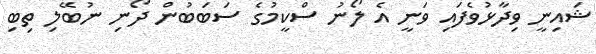
ޝައިނީ ވިދާޅުވެފައި ވަނީ އެ ލޯނު ސްކީމުގެ ސަބަބުން ދޯނި ނުބޭލި ތިބި